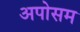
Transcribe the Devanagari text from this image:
अपोसम